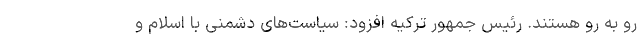
رو به رو هستند. رئیس جمهور ترکیه افزود: سیاست‌های دشمنی با اسلام و